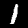
Label: 1